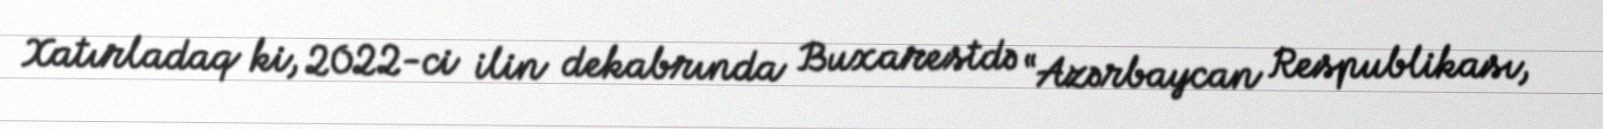
Xatırladaq ki, 2022-ci ilin dekabrında Buxarestdə “Azərbaycan Respublikası,